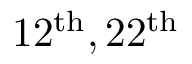
1 2 ^ { \mathrm { t h } } , 2 2 ^ { \mathrm { t h } }